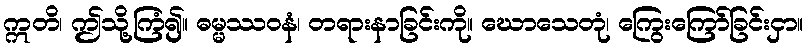
ဣတိ၊ ဤသို့ကြံ၍။ ဓမ္မဿဝနံ၊ တရားနာခြင်းကို။ ဃောသေတုံ၊ ကြွေးကြော်ခြင်းငှာ။